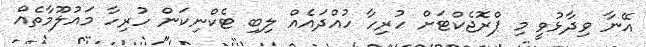
އޭނާ ވިދާޅުވީ މި ޕްރޮޖެކްޓަށް ހުރިހާ ހުއްދައެއް ލިބި ޓެކްނިކަން ހުރިހާ މައުލޫމާތެއް